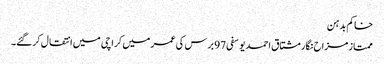
خاکم بدہن
ممتاز مزاح نگار مشتاق احمد یوسفی 97 برس کی عمر میں کراچی میں انتقال کرگئے۔